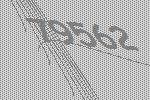
79562